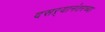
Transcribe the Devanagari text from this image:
दसऱ्यानंतरच्या